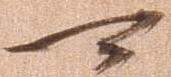
可